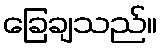
ခြေချသည်။